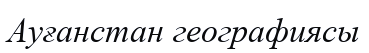
Ауғанстан географиясы